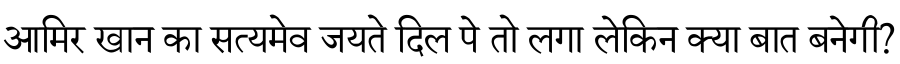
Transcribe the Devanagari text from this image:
आमिर खान का सत्यमेव जयते दिल पे तो लगा लेकिन क्या बात बनेगी?